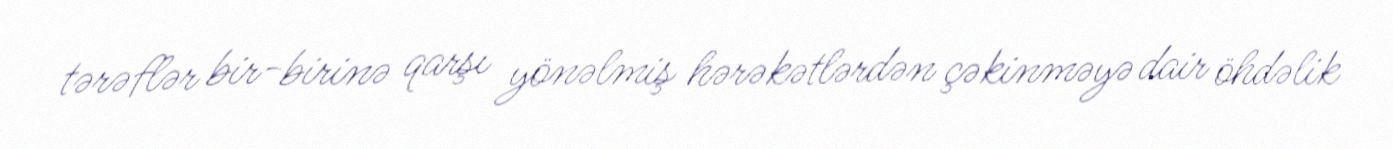
tərəflər bir-birinə qarşı yönəlmiş hərəkətlərdən çəkinməyə dair öhdəlik